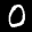
Label: 0